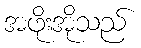
အဖိုးအိုသည်